Lunatic asylums in Bengal annual reports 1888-1898 - 1888-1898
Year: 1888
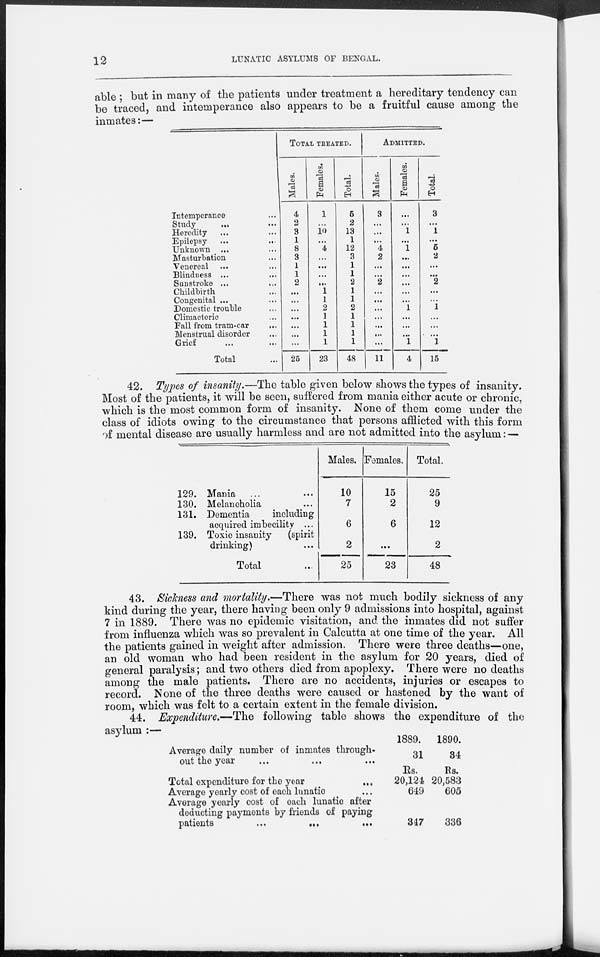
12
LUNATIC ASYLUMS OF BENGAL.
able ; but in many of the patients under treatment a hereditary tendency can
be traced, and intemperance also appears to be a fruitful cause among the
inmates:—
Intemperance ...
Study
...
Heredity ... ...
Epilepsy ... ...
Unknown ... ...
Masturbation ... ...
Venereal ... ...
Blindness
...
...
Sunstroke ... ...
Childbirth... ...
Congenital ... ...
Domestic trouble ...
Climacteric ...
Fall from tram-car ...
Menstrual disorder ...
Grief ... ...
Total ...
TOTAL TREATED.
Males.
4
2
3
1
8
3
1
1
2
...
...
...
...
...
...
...
25
Females.
1
...
10
...
4
...
...
...
...
1
1
2
1
1
1
1
23
Total.
5
2
13
1
12
3
1
1
2
1
1
2
1
1
1
1
48
ADMITTED.
Males.
3
...
...
...
4
2
...
...
2
...
...
...
...
...
...
...
11
Females.
...
...
1
...
1
...
...
...
...
...
...
1
...
...
...
1
4
Total.
3
...
1
...
5
2
...
...
2
...
...
1
...
...
...
1
15
42. Types of insanity.—The table given below shows the types of insanity.
Most of the patients, it will be seen, suffered from mania either acute or chronic,
which is the most common form of insanity. None of them come under the
class of idiots owing to the circumstance that persons afflicted with this form
of mental disease are usually harmless and are not admitted into the asylum: —
129.
130.
131.
139.
Mania ...
Melancholia ...
Dementia
including
acquired imbecility ...
Toxic insanity
(spirit
drinking) ...
Total ...
Males.
10
7
6
2
25
Females.
15
2
6
...
23
Total.
25
9
12
2
48
43. Sickness and mortality.—There was not much bodily sickness of any
kind during the year, there having been only 9 admissions into hospital, against
7 in 1889. There was no epidemic visitation, and the inmates did not suffer
from influenza which was so prevalent in Calcutta at one time of the year. All
the patients gained in weight after admission. There were three deaths—one,
an old woman who had been resident in the asylum for 20 years, died of
general paralysis; and two others died from apoplexy. There were no deaths
among the male patients. There are no accidents, injuries or escapes to
record. None of the three deaths were caused or hastened by the want of
room, which was felt to a certain extent in the female division.
44. Expenditure.—The following table shows the expenditure of the
asylum :—
Average daily number of inmates through-
out the year ... ... ...
Total expenditure for the year ...
Average yearly cost of each lunatic ...
Average yearly cost of each lunatic after
deducting payments by friends of paying
patients
...
...
...
1889.
31
Rs.
20,124
649
347
1890.
34
Rs.
20,583
605
336